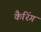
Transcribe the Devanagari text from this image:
कैरिंग